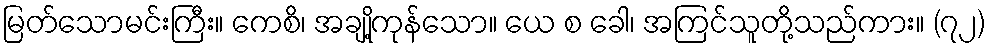
မြတ်သောမင်းကြီး။ ကေစိ၊ အချို့ကုန်သော။ ယေ စ ခေါ၊ အကြင်သူတို့သည်ကား။ (၇၂)